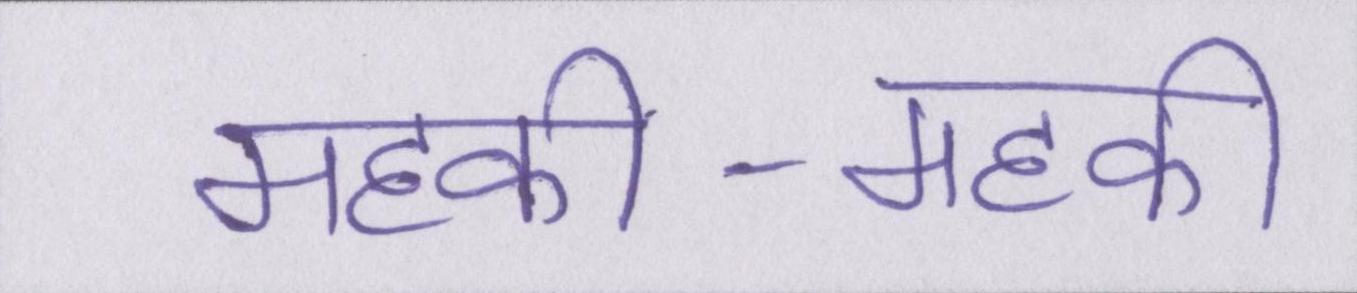
महकी-महकी